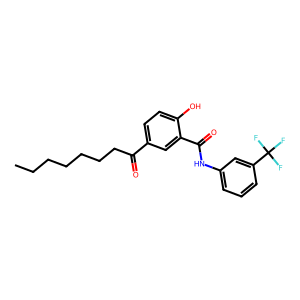
SMILES: CCCCCCCC(=O)c1ccc(O)c(C(=O)Nc2cccc(C(F)(F)F)c2)c1
Inhibits HIV replication: No